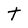
Character: T